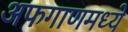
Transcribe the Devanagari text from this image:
अफगाणमध्ये